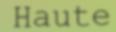
Haute